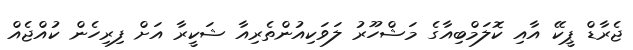
ޖެރާޑް ޕީކޭ އާއި ކޮލަމްބިއާގެ މަޝްހޫރު ލަވަކިއުންތެރިއާ ޝަކީރާ އަށް ފިރިހެން ކުއްޖެއް